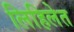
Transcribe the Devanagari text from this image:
लिहिलेत